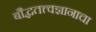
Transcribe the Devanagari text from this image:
बौद्धतत्त्वज्ञानाचा